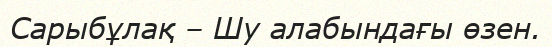
Сарыбұлақ – Шу алабындағы өзен.